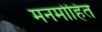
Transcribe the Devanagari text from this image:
मनमोहित